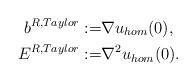
LaTeX: \begin{align*}b^{R,Taylor}:=&\nabla u_{hom}(0),\\E^{R,Taylor}:=&\nabla^2 u_{hom}(0).\end{align*}